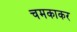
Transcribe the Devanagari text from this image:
चमकाकर